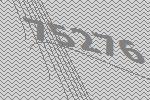
75276